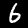
Label: 6